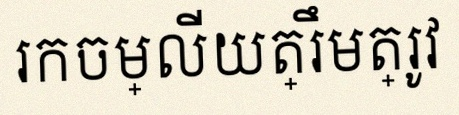
រកចម្លើយត្រឹមត្រូវ